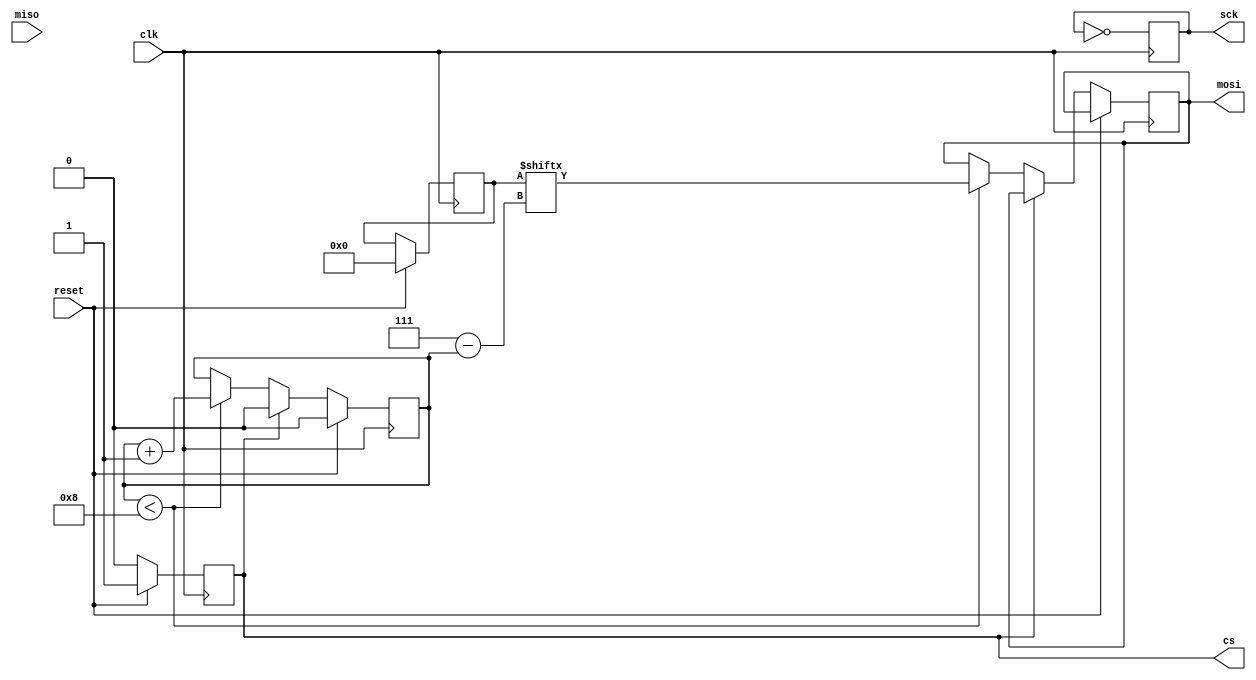
module spi_master (
  input wire clk,
  input wire reset,
  output reg sck,
  output reg mosi,
  input wire miso,
  output reg cs
);

reg [7:0] tx_data;
reg [7:0] rx_data;
reg shift_count;

// Transmit data to slave device
always @(posedge clk) begin
  if (reset) begin
    tx_data <= 8'b0;
    shift_count <= 0;
  end else if (cs == 1'b0) begin
    if (shift_count < 8) begin
      mosi <= tx_data[7 - shift_count];
      shift_count <= shift_count + 1;
    end
  end else begin
    shift_count <= 0;
  end
end

// Receive data from slave device
always @(posedge clk) begin
  if (cs == 1'b0) begin
    rx_data <= {rx_data[6:0], miso};
  end
end

// Clock pulse generation
always @(posedge clk) begin
  sck <= ~sck;
end

// Chip select signal control
always @(posedge clk) begin
  if (reset) begin
    cs <= 1'b1;
  end else if (cs == 1'b1) begin
    cs <= 1'b0;
  end
end

endmodule